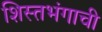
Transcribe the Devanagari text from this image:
शिस्तभंगाची